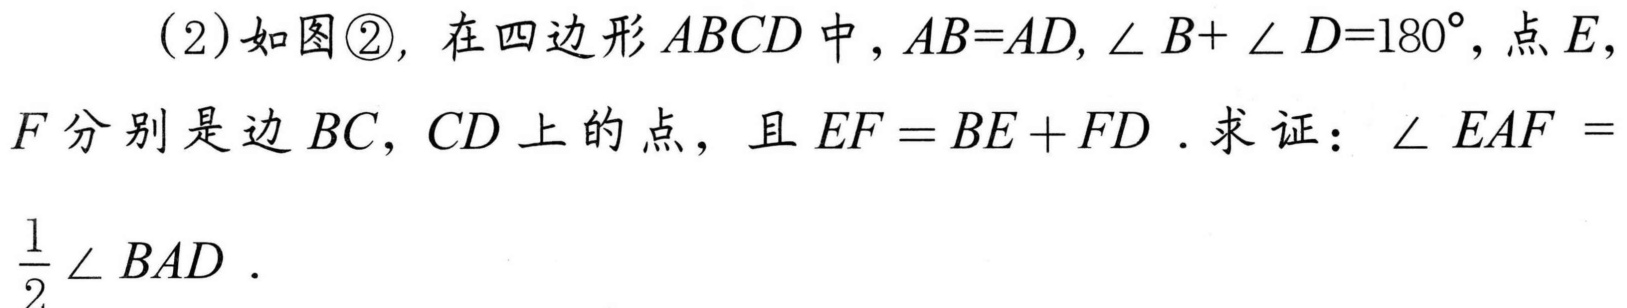
(2)如图\textcircled{2}，在四边形\(ABCD\)中，\(AB = AD\)，\(\angle B+\angle D = 180^{\circ}\)，点\(E\)，
\(F\)分别是边\(BC\)，\(CD\)上的点，且\(EF=BE + FD\). 求证：\(\angle EAF=\)
\(\frac{1}{2}\angle BAD\).